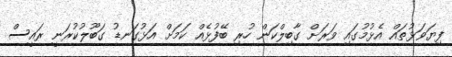
ފިޔަވަޅުތައް އެޅުމުގައި ވަރަށް ގާބިލްކަން ހުރި ބޭފުޅެއް ކަމަށް އަޅުގަނޑު ގަބޫލުކުރަނީ ރައީސް